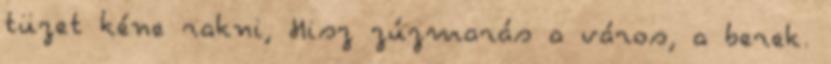
tüzet kéne rakni, Hisz zúzmarás a város, a berek.